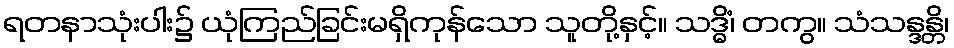
ရတနာသုံးပါး၌ ယုံကြည်ခြင်းမရှိကုန်သော သူတို့နှင့်။ သဒ္ဓိံ၊ တကွ။ သံသန္ဒန္တိ၊